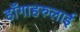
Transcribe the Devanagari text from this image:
हाँगाहरुलाई